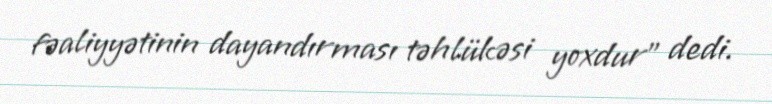
fəaliyyətinin dayandırması təhlükəsi yoxdur" dedi.